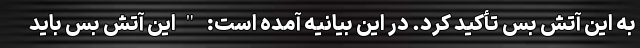
به این آتش بس تأکید کرد. در این بیانیه آمده است: "این آتش بس باید